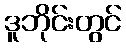
ဒူဘိုင်းတွင်